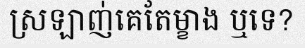
ស្រឡាញ់គេតែម្ខាង ឬទេ?